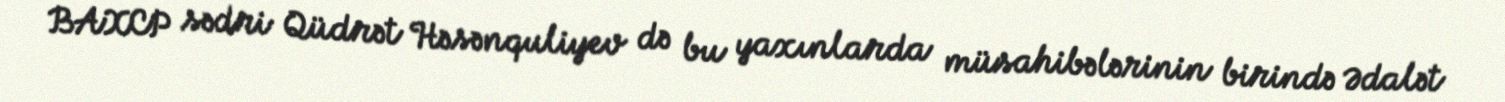
BAXCP sədri Qüdrət Həsənquliyev də bu yaxınlarda müsahibələrinin birində Ədalət